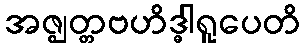
အဇ္ဈတ္တဗဟိဒ္ဓါရူပေတိ